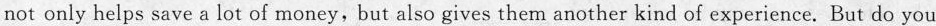
not only helps save a lot of money, but also gives them another kind of experience. But do you